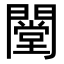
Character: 闛